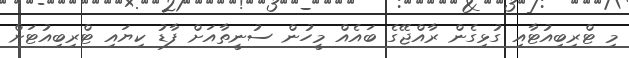
މި ޓްރިބިއުޓާއި ގުޅިގެން ރާއްޖޭގެ ބައެއް މީހުން ސުނީތާއަށް ފާޑު ކިޔައި ޓްރިބިއުޓަށް